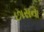
છાસના